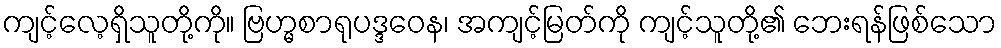
ကျင့်လေ့ရှိသူတို့ကို။ ဗြဟ္မစာရုပဒ္ဒဝေန၊ အကျင့်မြတ်ကို ကျင့်သူတို့၏ ဘေးရန်ဖြစ်သော